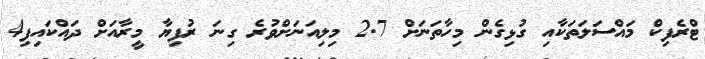
ޓްރެފިކް މައްސަލަތަކާއި ގުޅިގެން މިހާތަނަށް 2.7 މިލިއަނަށްވުރެ ގިނަ ރުފިޔާ މީރާއަށް ދައްކައިފި4